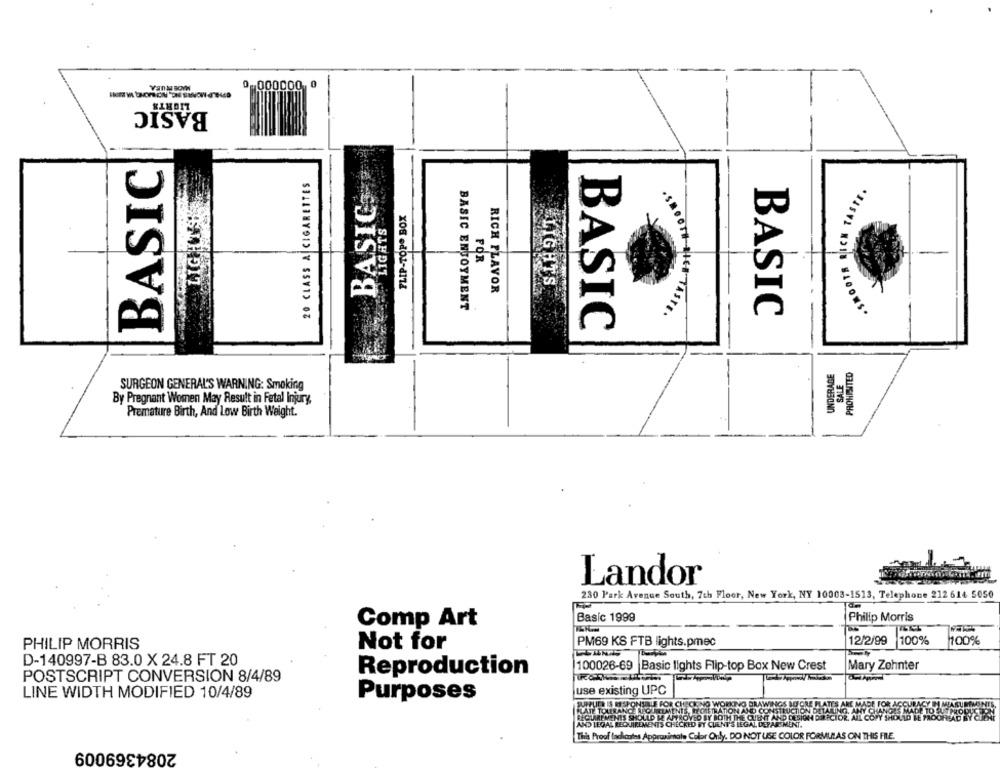
Van'N BOY
0,000000
BASIC
BASIC
BASIC
20 CLASS A CIGARETTES
SMOOTH RICH TASTE.
FLIP-TOP. BOX
LIGHTS
LIGHTS
FOR
LIGHTS
RICH FLAVOR
BASIC ENJOYMENT
ISBOOTH SICH TASTE.
BASIC
BASIC
UNDERAGE
PROHISITED
SALE
SURGEON GENERAL'S WARNING: Smoking
By Pregnant Women May Result in Fetal Injury
Premature Birth, And Low Birth Weight.
Landor
230 Park Avenue South, 7th Floor, New York, NY 10003-1513, Telephone 212 614 5050
Comp Art
Basic 1999
Philip Morris
PHILIP MORRIS
Not for
PM69 KS FTB lights.pmec
12/2/99
100%
100%
D-140997-B 83.0 X 24.8 FT 20
100026-69 Basic lights Flip-top Box New Crest
Mary Zohnter
Reproduction
POSTSCRIPT CONVERSION 8/4/89
use existing UPC
LINE WIDTH MODIFIED 10/4/89
Purposes
PUITS IS RESPONSELE FOR CHECKING WORKING DRAWINGS MOORE PLATES ARE MADE FOR ACCURACY IN MARU
ATION AND CONSTRUCTION BETALING. ANY
EMENTS SHOULD BE APROVED BY BOTH THE QUENT AND DESIGN DIECTOR. ALL COPY SHOULD BE
AD LEGAL REQUIREMENTS CHECKED BY CUENT'S LEGAL DEPA
MENT.
This Proof lachicates Approximate Calor Only. DO NOT USE COLOR FORMULAS ON THIS FILE.
2084369009